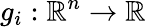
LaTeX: g_{i}:\, \! \mathbb{R}^{n}\rightarrow\mathbb{R}